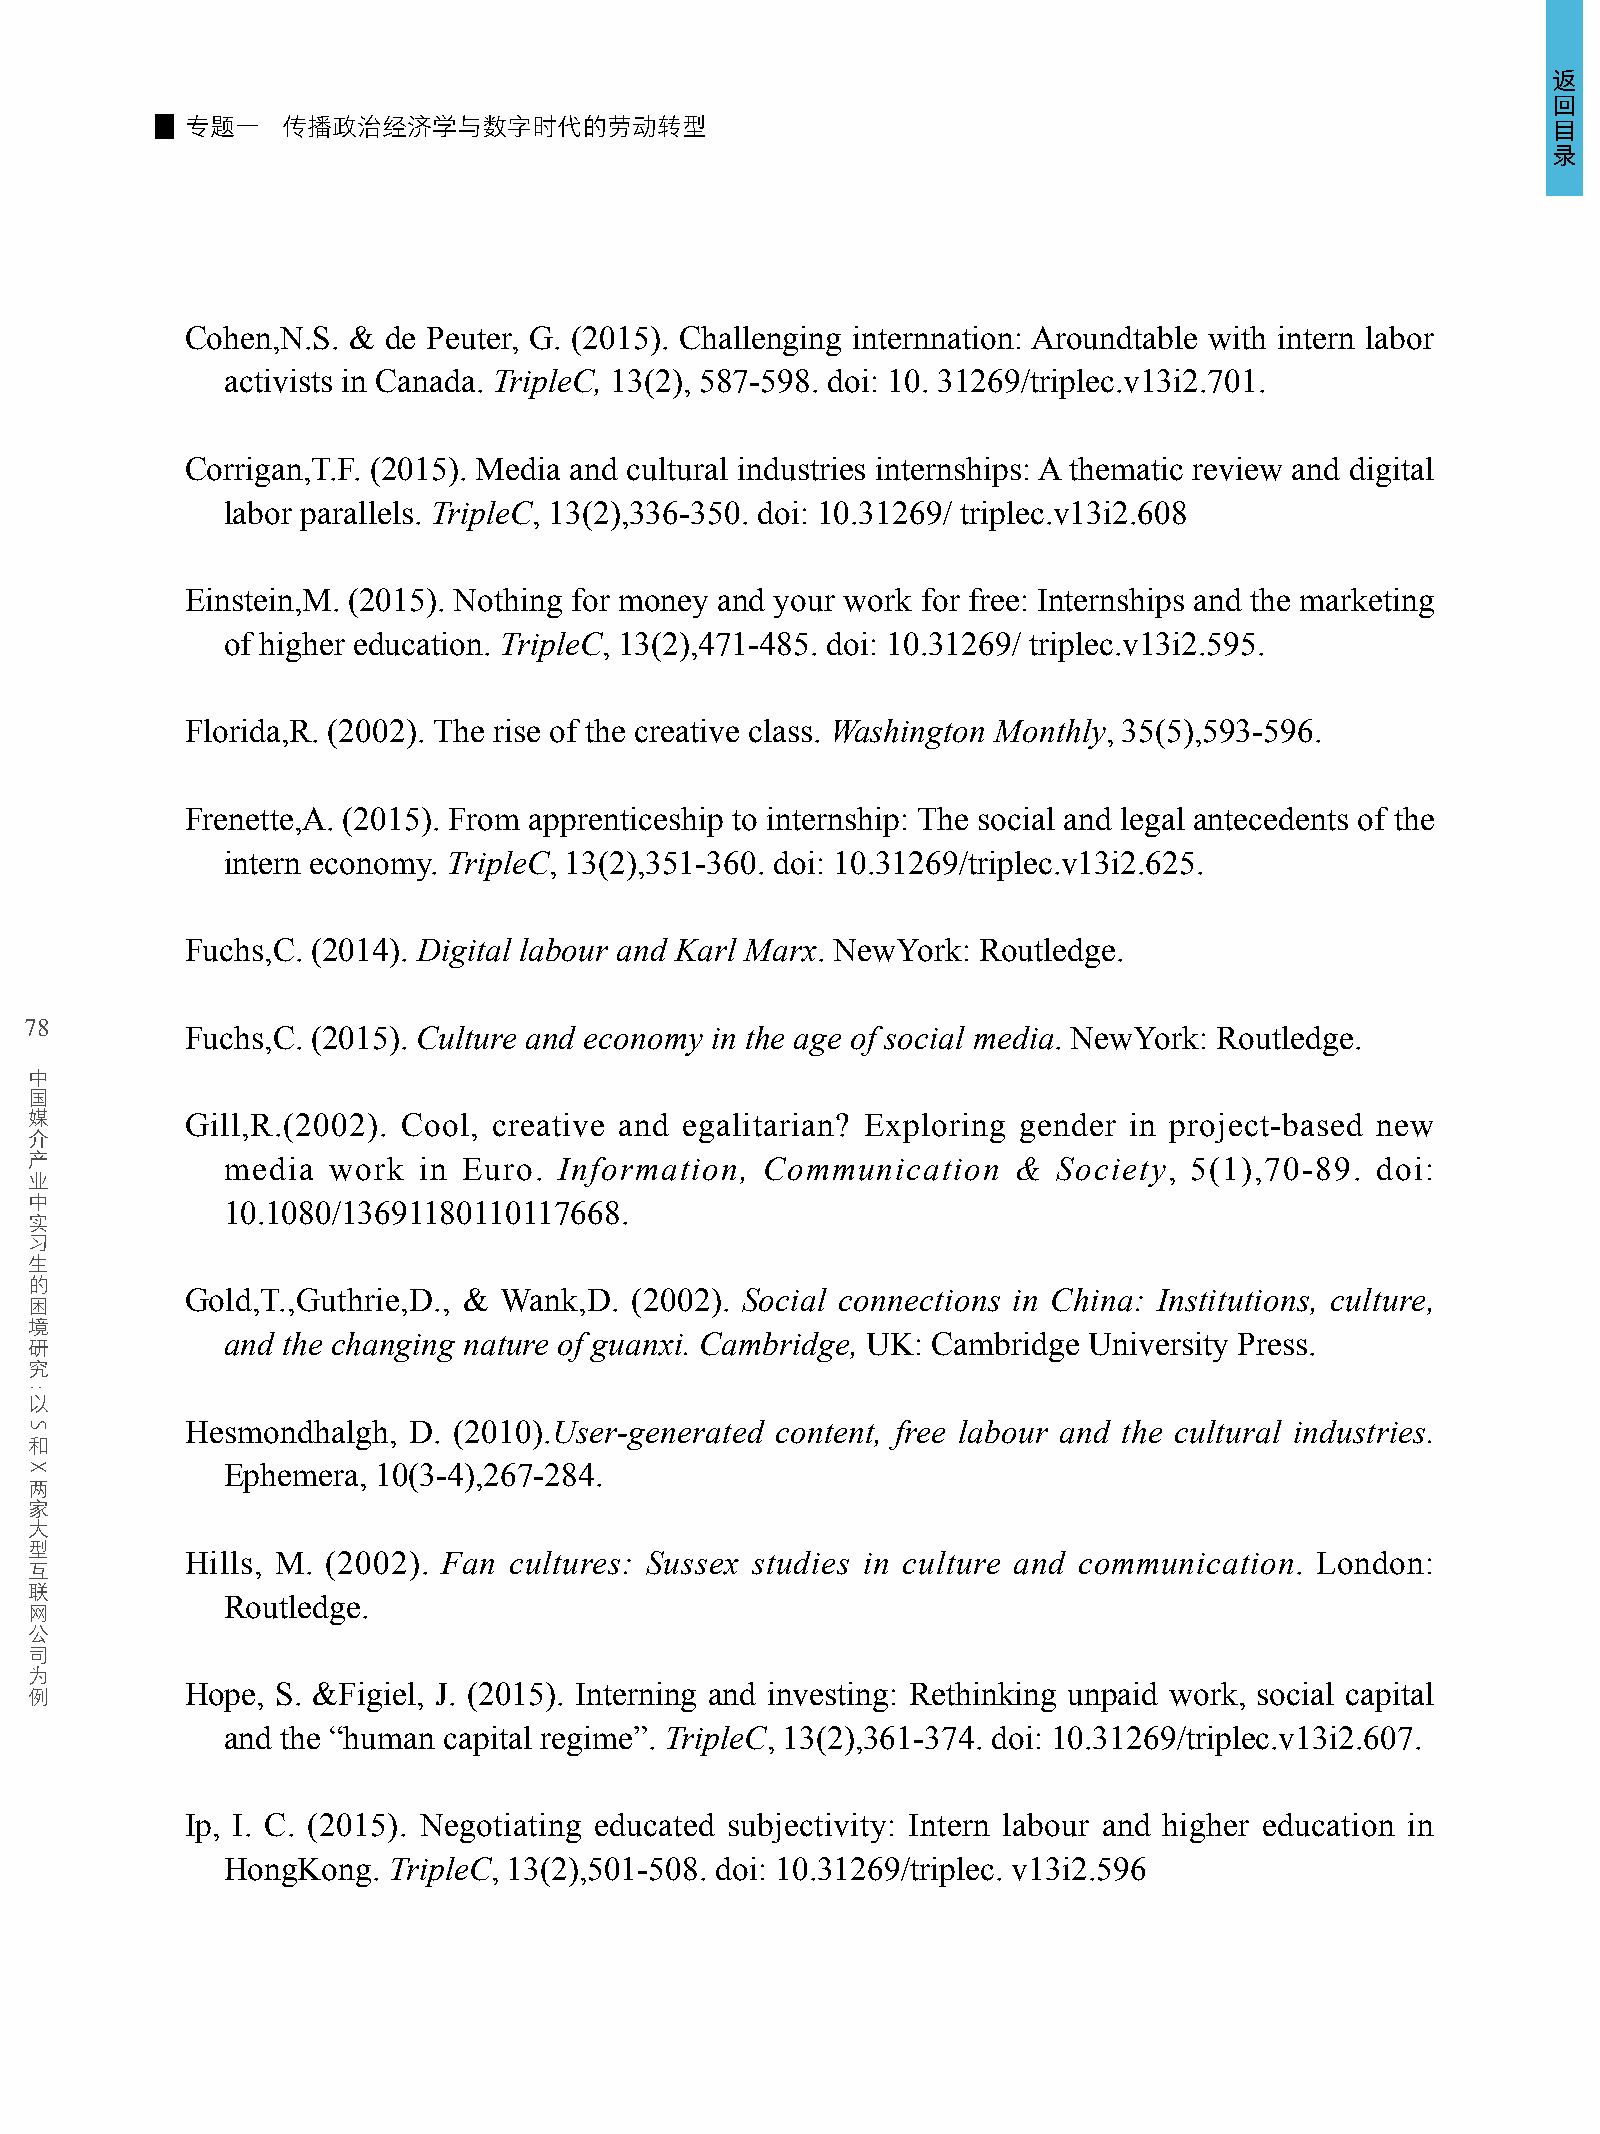
返
 回
 专题一    传播政治经济学与数字时代的劳动转型                                                                   目
 录
 Cohen,N.S. &  de Peuter, G. (2015). Challenging internnation: Aroundtable with intern labor
 activists in Canada. TripleC, 13(2), 587-598. doi: 10. 31269/triplec.v13i2.701.
 Corrigan,T.F. (2015). Media and cultural industries internships: A thematic review and digital
 labor parallels. TripleC, 13(2),336-350. doi: 10.31269/ triplec.v13i2.608
 Einstein,M. (2015). Nothing for money and your work for free: Internships and the marketing
 of higher education. TripleC, 13(2),471-485. doi: 10.31269/ triplec.v13i2.595.
 Florida,R. (2002). The rise of the creative class. Washington Monthly, 35(5),593-596.
 Frenette,A. (2015). From apprenticeship to internship: The social and legal antecedents of the
 intern economy. TripleC, 13(2),351-360. doi: 10.31269/triplec.v13i2.625.
 Fuchs,C. (2014). Digital labour and Karl Marx. NewYork: Routledge.
 78
 Fuchs,C. (2015). Culture and economy in the age of social media. NewYork: Routledge.
 中
 国
 媒
 Gill,R.(2002). Cool, creative and egalitarian? Exploring gender in project-based new
 介
 产
 media  work  in Euro. Information,  Communication   &  Society, 5(1),70-89. doi:
 业
 中
 10.1080/13691180110117668.
 实
 习
 生
 的
 困         Gold,T.,Guthrie,D., & Wank,D. (2002). Social connections in China: Institutions, culture,
 境
 研            and the changing nature of guanxi. Cambridge, UK: Cambridge University Press.
 究
 以
 Hesmondhalgh,  D. (2010).User-generated content, free labour and the cultural industries.
 和
 Ephemera, 10(3-4),267-284.
 两
 家
 大
 型
 Hills, M. (2002). Fan cultures: Sussex studies in culture and communication. London:
 互
 联
 网            Routledge.
 公
 司
 为
 例         Hope, S. &Figiel, J. (2015). Interning and investing: Rethinking unpaid work, social capital
 and the “human capital regime”. TripleC, 13(2),361-374. doi: 10.31269/triplec.v13i2.607.
 Ip, I. C. (2015). Negotiating educated subjectivity: Intern labour and higher education in
 HongKong.  TripleC, 13(2),501-508. doi: 10.31269/triplec. v13i2.596
 :
 S
 X